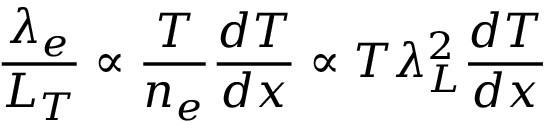
\frac { \lambda _ { e } } { L _ { T } } \propto \frac { T } { n _ { e } } \frac { d T } { d x } \propto T \lambda _ { L } ^ { 2 } \frac { d T } { d x }